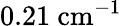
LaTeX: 0.21~\mathrm{cm}^{-1}